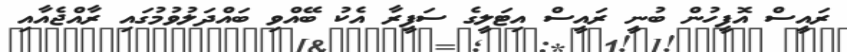
ރައީސް އޮފީހުން ބުނީ ރައީސް އިޓަލީގެ ސަފީރާ އެކު ބޭއްވި ބައްދަލުވުމުގައި ރާއްޖެއާއި